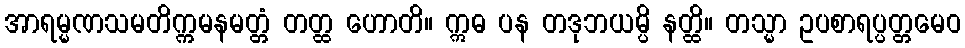
အာရမ္မဏသမတိက္ကမနမတ္တံ တတ္ထ ဟောတိ။ ဣဓ ပန တဒုဘယမ္ပိ နတ္ထိ။ တသ္မာ ဥပစာရပ္ပတ္တမေဝ